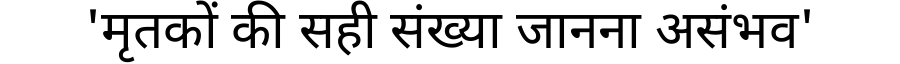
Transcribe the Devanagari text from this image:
'मृतकों की सही संख्या जानना असंभव'